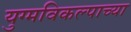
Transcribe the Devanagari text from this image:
युग्मविकल्पाच्या